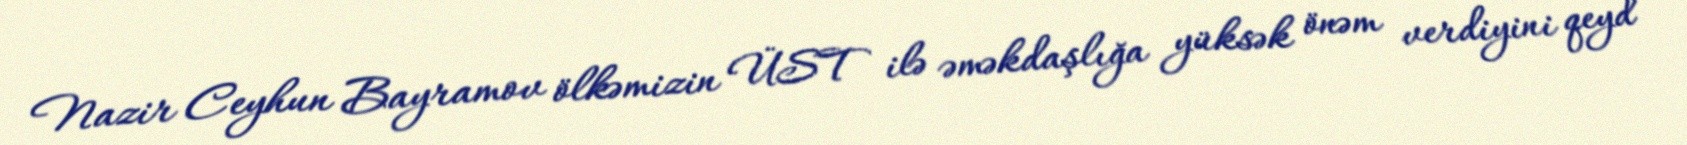
Nazir Ceyhun Bayramov ölkəmizin ÜST ilə əməkdaşlığa yüksək önəm verdiyini qeyd